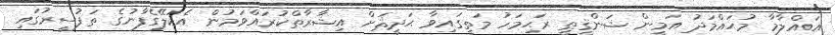
އައްލާމާ މުޙައްމަދު އަމީން ޝަންޤީޠީ ރަޙިމަހު މަތީގައިވާ ޙަދީޘަށް އިޝާރާތްކުރައްވަމުން އެކަލޭގެފާނުގެ ތަފުސީރުގައި